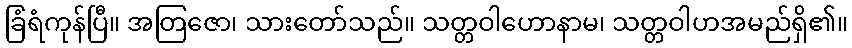
ခြံရံကုန်ပြီ။ အတြဇော၊ သားတော်သည်။ သတ္တဝါဟောနာမ၊ သတ္တဝါဟအမည်ရှိ၏။